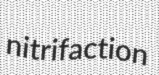
nitrifaction